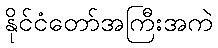
နိုင်ငံတော်အကြီးအကဲ